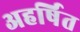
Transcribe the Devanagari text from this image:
अहर्षित